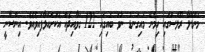
މަންޑޭލާ ރޫލްސްގައި ހިމެނޭ މައިގަނޑު ނުވަ ބައިގައި 122 ގަވާއިދެއް އެކަށައަޅާފައިވެއެވެ. އިންސާނީ